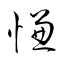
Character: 慊